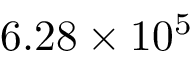
6 . 2 8 \times 1 0 ^ { 5 }